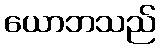
ယောဘသည်